Report on the Civil Veterinary Department, Eastern Bengal and Assam - 1907-1911
Year: 1907
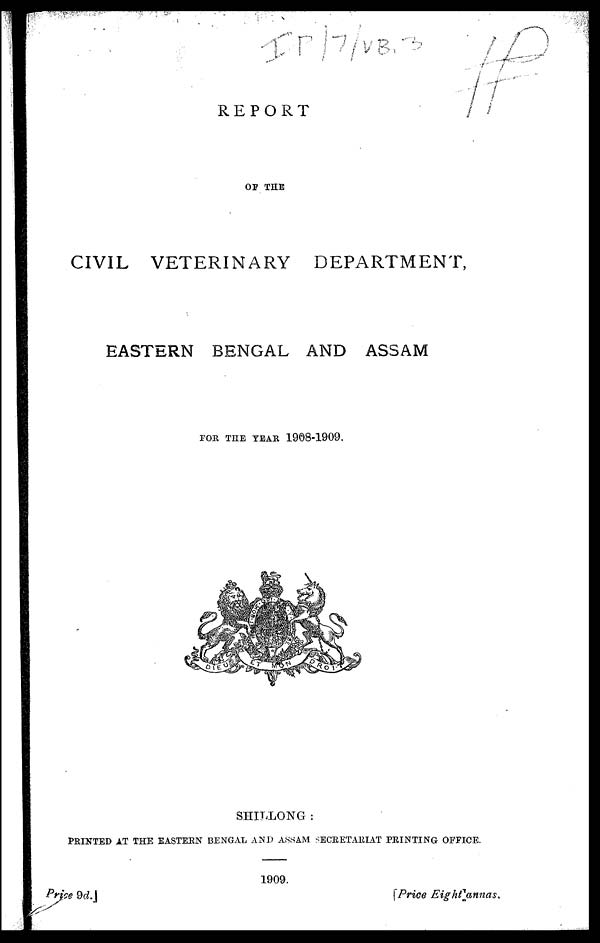
REPORT
OP THE
CIVIL VETERINARY
DEPARTMENT,
EASTERN BENGAL AND ASSAM
FOR THE YEAR 1908-1909.
SHILLONG :
PRINTED XT THE EASTERN BENGAL AND ASSAM SECRETARIAT PRINTING OFFICE.
1909.
Price
9d.]
[Price Eight annas.